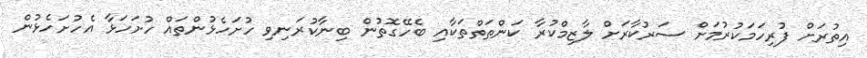
އިތުރަށް ފުރިހަމަކުރުމަށް ސަރުކާރަށް ލާޒިމްކުރާ ކަންތަތްތަކާއި ބެހޭގޮތުން ބިނާކުރަނިވި ހުށަހެޅުންތައް ހުށަހަޅާ އެހުށަހެޅުން